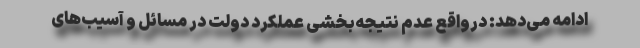
ادامه می‌دهد: درواقع عدم نتیجه‌بخشی عملکرد دولت در مسائل و آسیب‌های